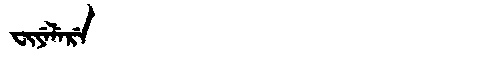
Manchu: ᠸᡳᠶᡝᠯᡝᡵᡝ
Romanization: FIYELERE